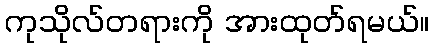
ကုသိုလ်တရားကို အားထုတ်ရမယ်။